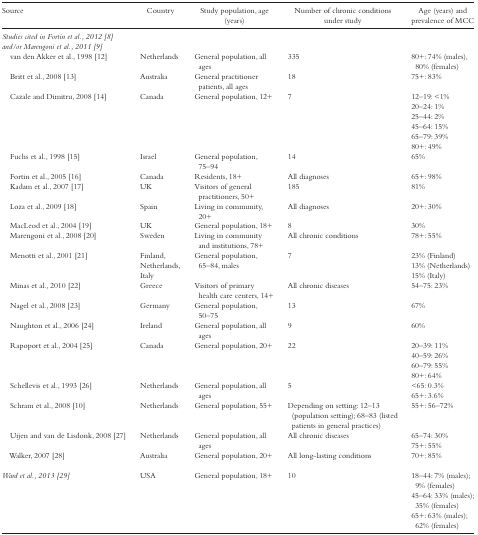
<table><thead><tr><td><b>Source</b></td><td><b>Country</b></td><td><b>Study population, age (years)</b></td><td><b>Number of chronic conditions under study</b></td><td><b>Age (years) and prevalence of MCC</b></td></tr></thead><tbody><tr><td><i>Studies cited in Fortin et al., 2012 [8] and/or Marengoni et al., 2011 [9]</i></td><td></td><td></td><td></td><td></td></tr><tr><td> van den Akker et al., 1998 [12]</td><td>Netherlands</td><td>General population, all ages</td><td>335</td><td>80+: 74% (males), 80% (females)</td></tr><tr><td> Britt et al., 2008 [13]</td><td>Australia</td><td>General practitioner patients, all ages</td><td>18</td><td>75+: 83%</td></tr><tr><td> Cazale and Dimitru, 2008 [14]</td><td>Canada</td><td>General population, 12+</td><td>7</td><td>12–19: &lt;1%20–24: 1%25–44: 2%45–64: 15%65–79: 39%80+: 49%</td></tr><tr><td> Fuchs et al., 1998 [15]</td><td>Israel</td><td>General population, 75–94</td><td>14</td><td>65%</td></tr><tr><td> Fortin et al., 2005 [16]</td><td>Canada</td><td>Residents, 18+</td><td>All diagnoses</td><td>65+: 98%</td></tr><tr><td> Kadam et al., 2007 [17]</td><td>UK</td><td>Visitors of general practitioners, 50+</td><td>185</td><td>81%</td></tr><tr><td> Loza et al., 2009 [18]</td><td>Spain</td><td>Living in community, 20+</td><td>All diagnoses</td><td>20+: 30%</td></tr><tr><td> MacLeod et al., 2004 [19]</td><td>UK</td><td>General population, 18+</td><td>8</td><td>30%</td></tr><tr><td> Marengoni et al., 2008 [20]</td><td>Sweden</td><td>Living in community and institutions, 78+</td><td>All chronic conditions</td><td>78+: 55%</td></tr><tr><td> Menotti et al., 2001 [21]</td><td>Finland, Netherlands, Italy</td><td>General population, 65–84, males</td><td>7</td><td>23% (Finland)13% (Netherlands)15% (Italy)</td></tr><tr><td> Minas et al., 2010 [22]</td><td>Greece</td><td>Visitors of primary health care centers, 14+</td><td>All chronic diseases</td><td>54–75: 23%</td></tr><tr><td> Nagel et al., 2008 [23]</td><td>Germany</td><td>General population, 50–75</td><td>13</td><td>67%</td></tr><tr><td> Naughton et al., 2006 [24]</td><td>Ireland</td><td>General population, all ages</td><td>9</td><td>60%</td></tr><tr><td> Rapoport et al., 2004 [25]</td><td>Canada</td><td>General population, 20+</td><td>22</td><td>20–39: 11%40–59: 26%60–79: 55%80+: 64%</td></tr><tr><td> Schellevis et al., 1993 [26]</td><td>Netherlands</td><td>General population, all ages</td><td>5</td><td>&lt;65: 0.3%65+: 3.6%</td></tr><tr><td> Schram et al., 2008 [10]</td><td>Netherlands</td><td>General population, 55+</td><td>Depending on setting: 12–13 (population setting); 68–83 (listed patients in general practices)</td><td>55+: 56–72%</td></tr><tr><td> Uijen and van de Lisdonk, 2008 [27]</td><td>Netherlands</td><td>General population, all ages</td><td>All chronic diseases</td><td>65–74: 30%75+: 55%</td></tr><tr><td> Walker, 2007 [28]</td><td>Australia</td><td>General population, 20+</td><td>All long-lasting conditions</td><td>70+: 85%</td></tr><tr><td><i>Ward et al., 2013 [29]</i></td><td>USA</td><td>General population, 18+</td><td>10</td><td>18–44: 7% (males); 9% (females)45–64: 33% (males); 35% (females)65+: 63% (males); 62% (females)</td></tr></tbody></table>